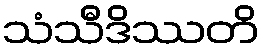
သံသီဒိဿတိ